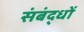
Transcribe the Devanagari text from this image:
संबंद्धों